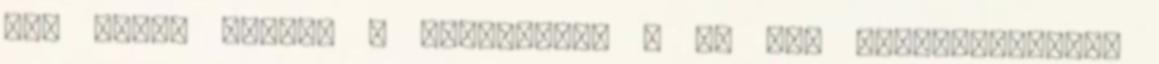
nem lehet leírni a Portlandet - ki tud felülkerekedni